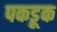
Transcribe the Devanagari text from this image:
पकडूक